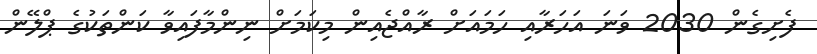
ފެށިގެން 2030 ވަނަ އަހަރާއި ހަމައަށް ރާއްޖެއިން މިކަމަށް ނިންމާފައިވާ ކަންތަކުގެ ޕްލޭން